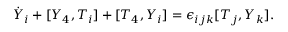
\dot { Y } _ { i } + [ Y _ { 4 } , T _ { i } ] + [ T _ { 4 } , Y _ { i } ] = \epsilon _ { i j k } [ T _ { j } , Y _ { k } ] .